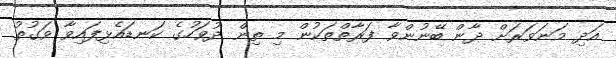
އަދި މަނަވަރަށް ދާން ބޭނުންވާ ފަރާތްތަކުން މި ތިން ދުވަހުގެ ކަނޑައެޅިފައިވާ ވަގުތު